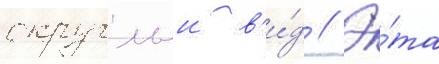
округлыи в'и́д // Э́та